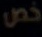
خص